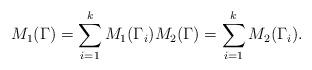
LaTeX: \begin{align*}M_{1}(\Gamma) = \sum_{i = 1}^{k} M_{1}(\Gamma_i) M_{2}(\Gamma) = \sum_{i = 1}^{k} M_{2}(\Gamma_i).\end{align*}